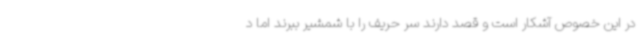
در این خصوص آشکار است و قصد دارند سر حریف را با شمشیر ببرند اما د